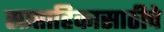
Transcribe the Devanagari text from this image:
साप्ताहिकासाठीचे